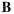
B